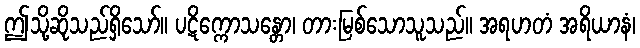
ဤသို့ဆိုသည်ရှိသော်။ ပဋိက္ကောသန္တော၊ တားမြစ်သောသူသည်။ အရဟတံ အရိယာနံ၊